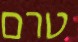
טרם